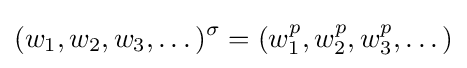
(w_{1},w_{2},w_{3},\dots )^{\sigma }=(w_{1}^{p},w_{2}^{p},w_{3}^{p},\dots )